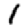
Digit: 1